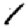
Digit: 1